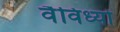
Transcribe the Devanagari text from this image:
वैविध्यों